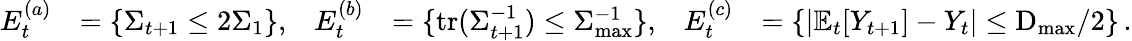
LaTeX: \begin{array}{rlrlrl}{E_{t}^{(a)}}&{=\{ \Sigma_{t+1}\leq 2\Sigma_{1}\} ,}&{E_{t}^{(b)}}&{=\{ \operatorname{tr}(\Sigma_{t+1}^{-1})\leq\Sigma_{\operatorname*{max}}^{-1}\} ,}&{E_{t}^{(c)}}&{=\{ \left|\mathbb E_{t}[Y_{t+1}]-Y_{t}\right|\leq\textrm{D}_{\operatorname*{max}}/2\} \, .}\end{array}